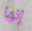
إنها